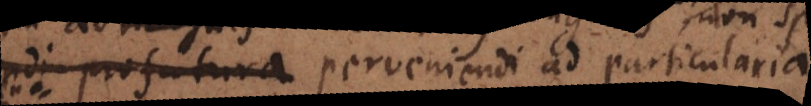
di profutura perveniendi ad particulari